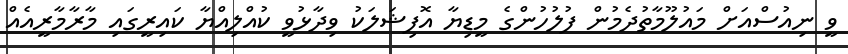
ވީ ނިއުސްއަށް މައުލޫމާތުދެމުން ފުލުހުންގެ މީޑިޔާ އޮފިޝަލަކު ވިދާޅުވީ ކުއްލިއްޔާ ކައިރީގައި މާރާމާރީއެއް